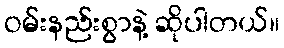
ဝမ်းနည်းစွာနဲ့ ဆိုပါတယ်။